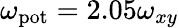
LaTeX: \omega_{\mathrm{pot}}=2.05\omega_{xy}